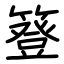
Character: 簦